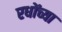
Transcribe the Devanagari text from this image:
रधोंच्या